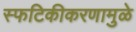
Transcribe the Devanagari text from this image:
स्फटिकीकरणामुळे